Civil Veterinary Department Bihar & Orissa reports 1911-21 - 1911-1921
Year: 1911
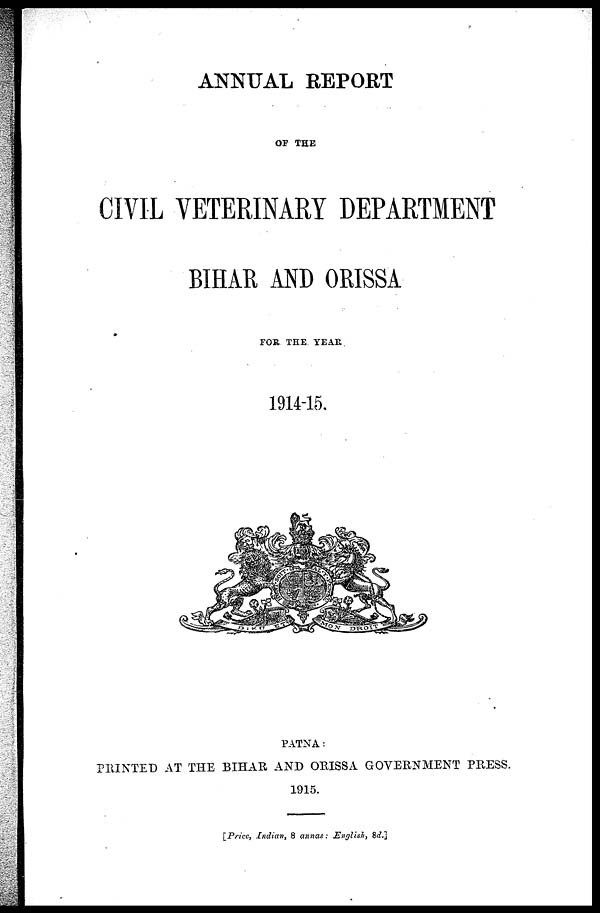
ANNUAL REPORT
OF THE
CIVIL VETERINARY DEPARTMENT
BIHAR AND ORISSA
FOR THE YEAR
1914-15.
PATNA :
PRINTED AT THE BIHAR AND ORISSA GOVERNMENT PRESS.
1915.
[Price, Indian, 8 annas : English, 8d.]